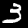
Label: 3